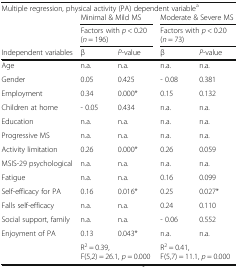
<table><thead><tr><td colspan="5"><b>Multiple regression, physical activity (PA) dependent variable<sup>a</sup></b></td></tr><tr><td></td><td colspan="2"><b>Minimal &amp; Mild MS</b></td><td colspan="2"><b>Moderate &amp; Severe MS</b></td></tr><tr><td></td><td colspan="2"><b>Factors with <i>p</i> &lt; 0.20 (<i>n</i> = 196)</b></td><td colspan="2"><b>Factors with <i>p</i> &lt; 0.20 (<i>n</i> = 73)</b></td></tr><tr><td><b>Independent variables</b></td><td><b>β</b></td><td><b><i>P</i>-value</b></td><td><b>β</b></td><td><b><i>P</i>-value</b></td></tr></thead><tbody><tr><td>Age</td><td>n.a.</td><td>n.a.</td><td>n.a.</td><td>n.a.</td></tr><tr><td>Gender</td><td>0.05</td><td>0.425</td><td>- 0.08</td><td>0.381</td></tr><tr><td>Employment</td><td>0.34</td><td>0.000*</td><td>0.15</td><td>0.132</td></tr><tr><td>Children at home</td><td>- 0.05</td><td>0.434</td><td>n.a.</td><td>n.a.</td></tr><tr><td>Education</td><td>n.a.</td><td>n.a.</td><td>n.a.</td><td>n.a.</td></tr><tr><td>Progressive MS</td><td>n.a.</td><td>n.a.</td><td>n.a.</td><td>n.a.</td></tr><tr><td>Activity limitation</td><td>0.26</td><td>0.000*</td><td>0.26</td><td>0.059</td></tr><tr><td>MSIS-29 psychological</td><td>n.a.</td><td>n.a.</td><td>n.a.</td><td>n.a.</td></tr><tr><td>Fatigue</td><td>n.a.</td><td>n.a.</td><td>0.16</td><td>0.099</td></tr><tr><td>Self-efficacy for PA</td><td>0.16</td><td>0.016*</td><td>0.25</td><td>0.027*</td></tr><tr><td>Falls self-efficacy</td><td>n.a.</td><td>n.a.</td><td>0.24</td><td>0.110</td></tr><tr><td>Social support, family</td><td>n.a.</td><td>n.a.</td><td>- 0.06</td><td>0.552</td></tr><tr><td>Enjoyment of PA</td><td>0.13</td><td>0.043*</td><td>n.a.</td><td>n.a.</td></tr><tr><td></td><td colspan="2">R<sup>2</sup> = 0.39, F(5,2) = 26.1, <i>p</i> = 0.000</td><td colspan="2">R<sup>2</sup> = 0.41, F(5,7) = 11.1, <i>p</i> = 0.000</td></tr></tbody></table>